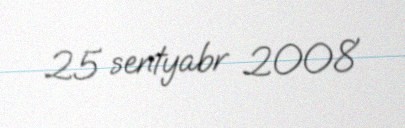
25 sentyabr 2008